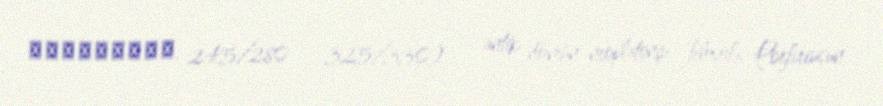
Ἰάμβλιχος; 245/280 — 325/330) — antik dövrün neoplatonçu filosofu, Porfiriusun